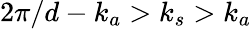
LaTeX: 2\pi/d-k_{a}>k_{s}>k_{a}